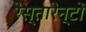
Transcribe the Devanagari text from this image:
रेस्तारेन्टों